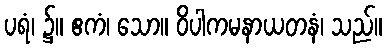
ပရံ၊ ၌။ ဧကံ၊ သော။ ဝိပါကမနာယတနံ၊ သည်။